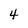
Character: 4